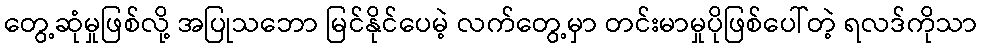
တွေ့ဆုံမှုဖြစ်လို့ အပြုသဘော မြင်နိုင်ပေမဲ့ လက်တွေ့မှာ တင်းမာမှုပိုဖြစ်ပေါ်တဲ့ ရလဒ်ကိုသာ